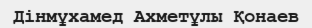
Дінмұхамед Ахметұлы Қонаев